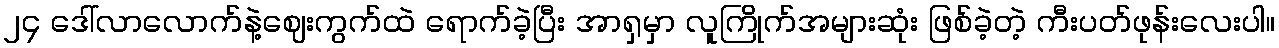
၂၄ ဒေါ်လာလောက်နဲ့ဈေးကွက်ထဲ ရောက်ခဲ့ပြီး အာရှမှာ လူကြိုက်အများဆုံး ဖြစ်ခဲ့တဲ့ ကီးပတ်ဖုန်းလေးပါ။